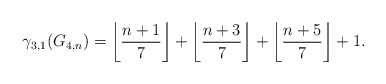
\begin{align*} \gamma_{3,1}(G_{4, n}) = \left\lfloor \frac{n+1}{7} \right\rfloor + \left\lfloor \frac{n+3}{7} \right\rfloor + \left\lfloor \frac{n+5}{7} \right\rfloor +1 .\end{align*}